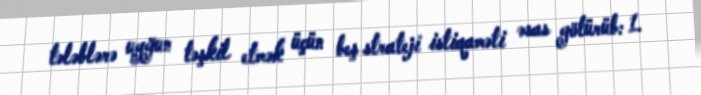
tələblərə uyğun təşkil etmək üçün beş strateji istiqaməti əsas götürüb: 1.